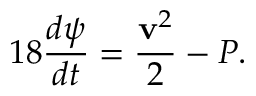
1 8 { \frac { d \psi } { d t } } = { \frac { { \bf v } ^ { 2 } } { 2 } } - P .